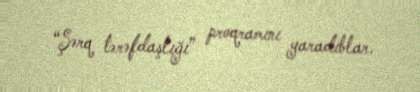
“Şərq tərəfdaşlığı” proqramını yaradıblar.